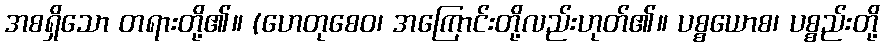
အစရှိသော တရားတို့၏။ (ဟေတုစေဝ၊ အကြောင်းတို့လည်းဟုတ်၏။ ပစ္စယောစ၊ ပစ္စည်းတို့